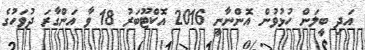
އަދި ބީލަން ހުޅުވުން އޮންނާނީ 2016 އޮކްޓޫބަރު 18 ވާ އަންގާރަ ދުވަހުގެ